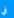
في